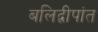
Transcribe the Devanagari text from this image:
बलिद्वीपांत